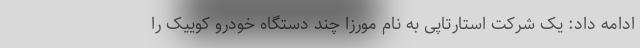
ادامه داد: یک شركت استارتاپی به نام مورزا چند دستگاه خودرو کوییک را